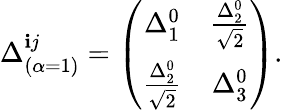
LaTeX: \Delta_{(\alpha=1)}^{\mathbf{i}j}=\left(\begin{array}{cc}{{\Delta_{1}^{0}}}&{{\frac{\Delta_{2}^{0}}{\sqrt{2}}}}\\ {{\frac{\Delta_{2}^{0}}{\sqrt{2}}}}&{{\Delta_{3}^{0}}}\end{array}\right).